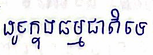
ដូចក្នុងធម្មជាតិទេ